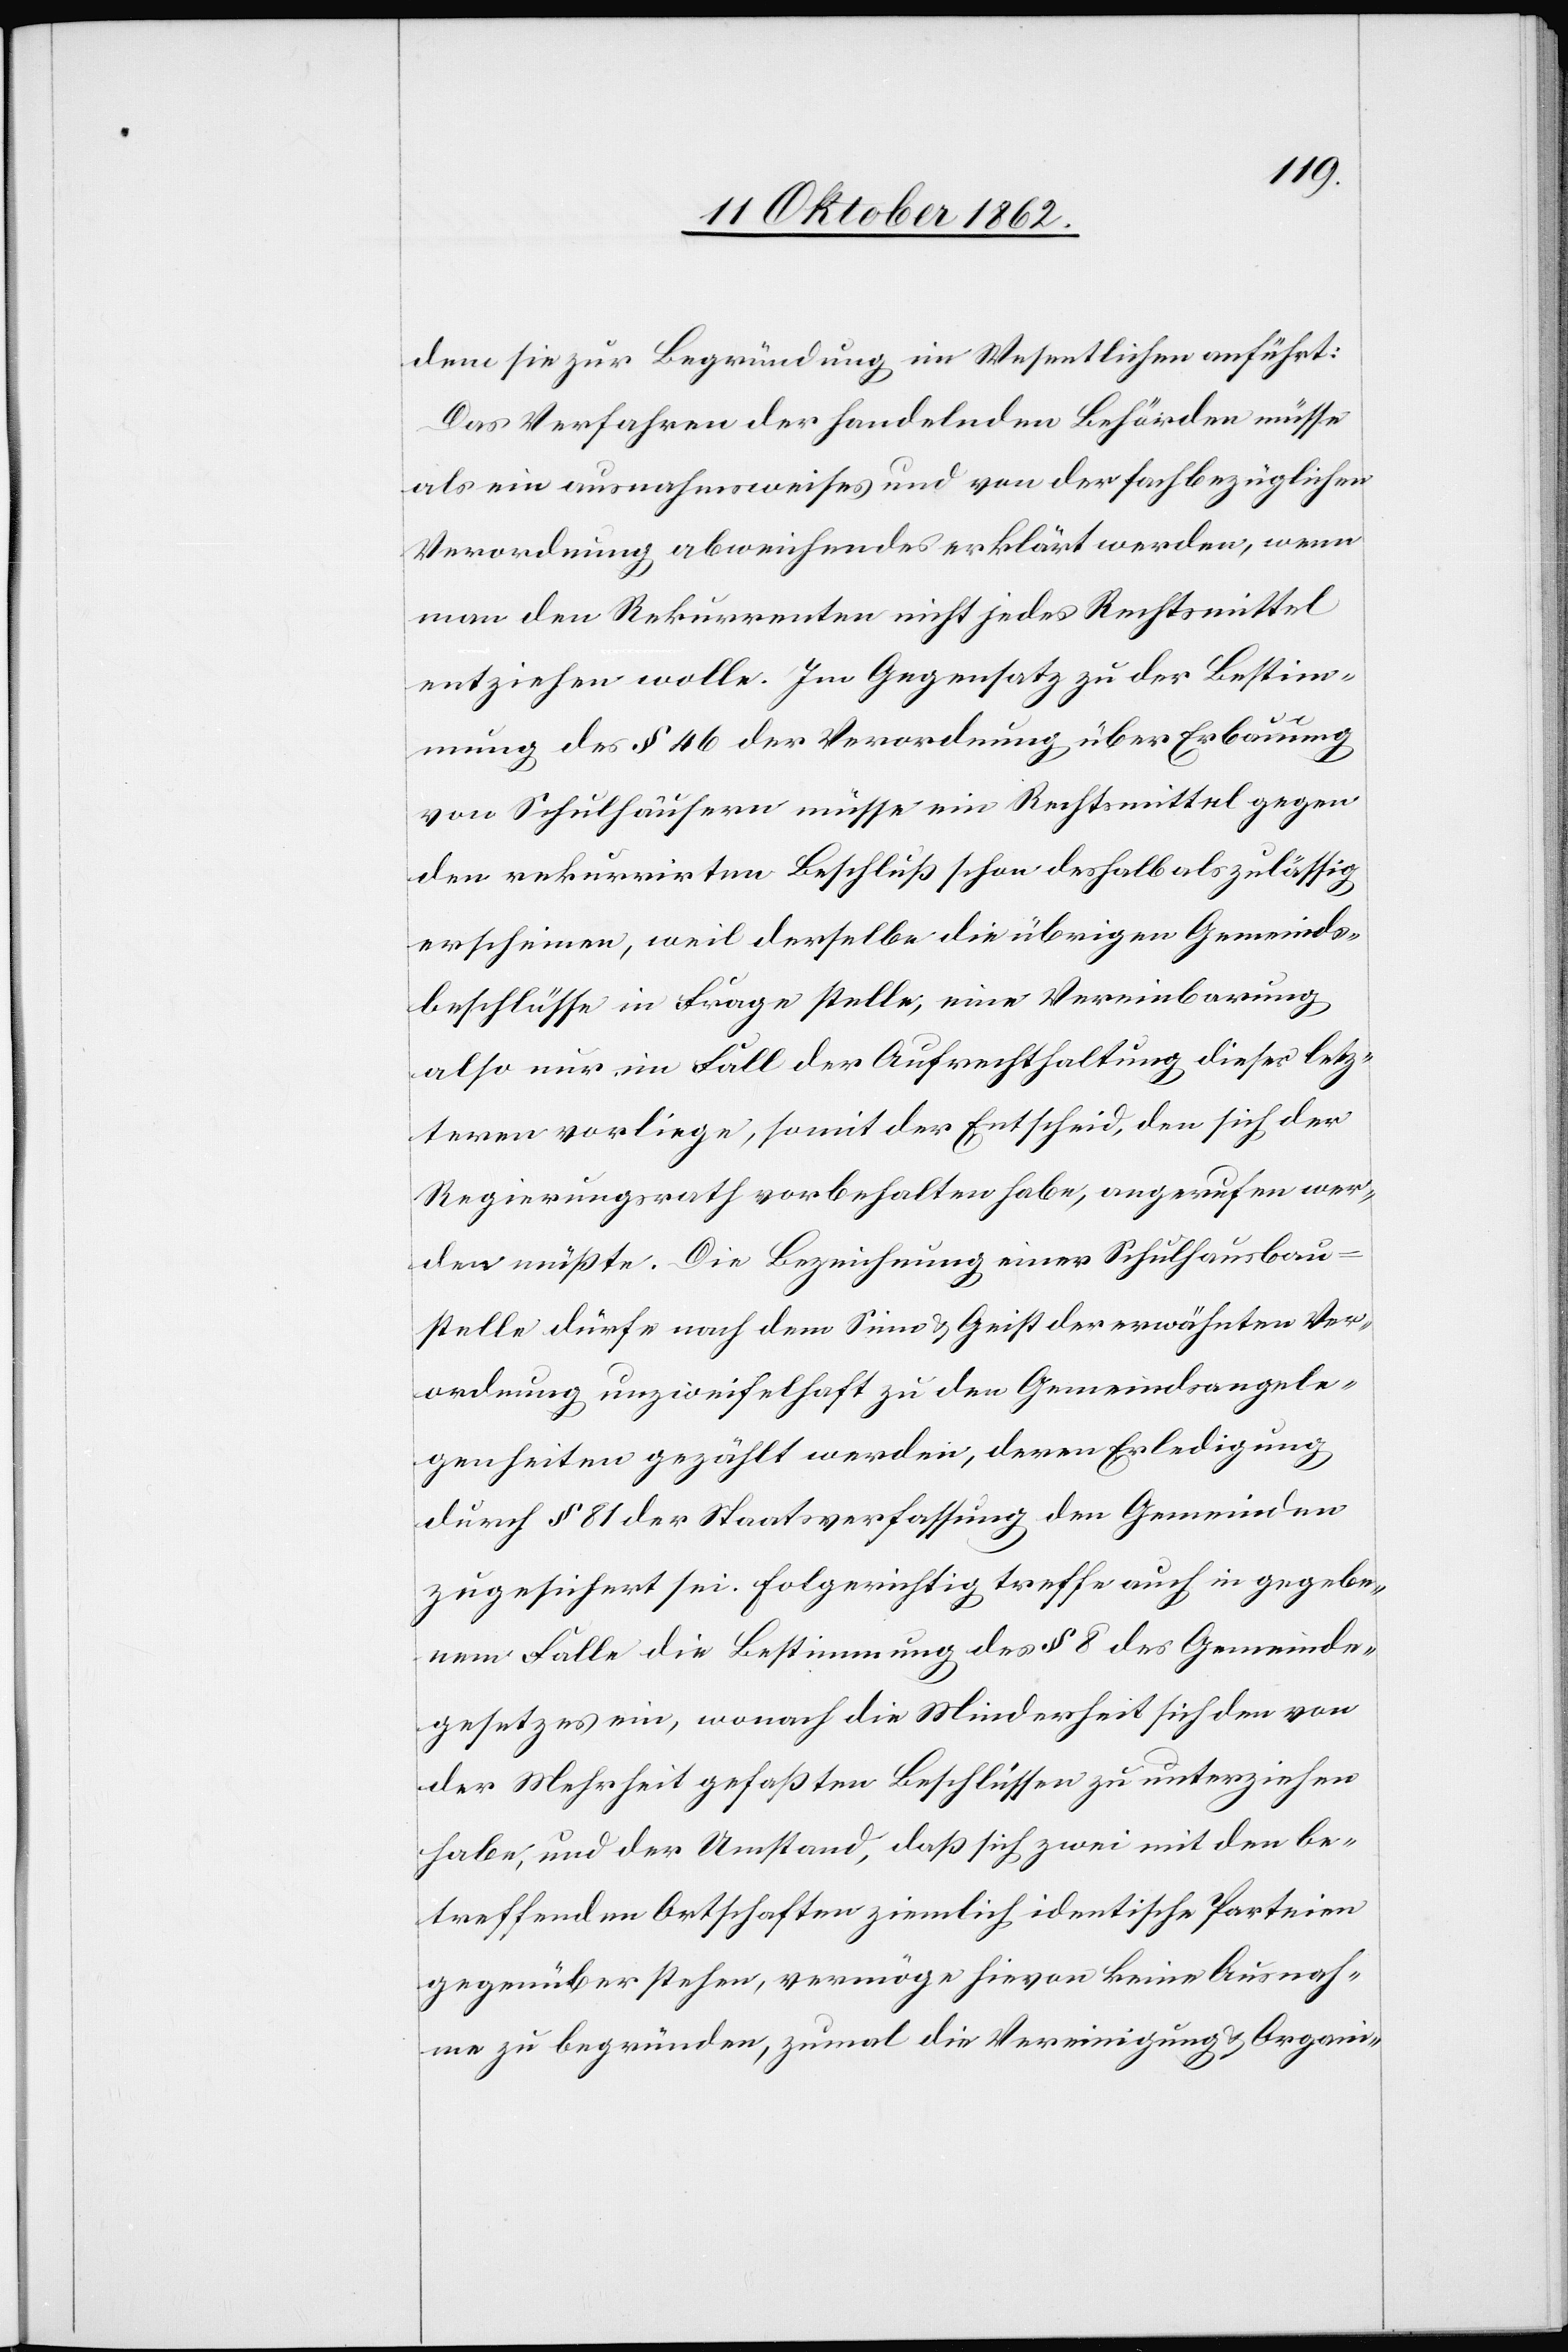
dem sie zur Begründung im Wesentlichen anführt:
Das Verfahren der handelnden Behörden müsse
als ein ausnahmsweises und von der fachbezüglichen
Verordnung abgewichenes erklärt werden, wenn
man den Rekurrenten nicht jedes Rechtsmittel
entziehen wolle. Im Gegensatz zu der Bestim¬
mung des § 46 der Verordnung über Erbauung
von Schulhäusern müsse ein Rechtsmittel gegen
den rekurrirten Beschluß schon deshalb als zulässig
erscheinen, weil derselbe die übrigen Gemeinds¬
beschlüsse in Frage stelle, eine Vereinbarung
also nur im Fall der Aufrechthaltung dieser letz¬
teren vorliege, somit der Entscheid, den sich der
Regierungsrath vorbehalten habe, angerufen wer¬
den müßte. Die Bezeichnung einer Schulhausbau¬
stelle dürfe nach dem Sinne u. Geist der erwähnten Ver¬
ordnung unzweifelhaft zu den Gemeindsangele¬
genheiten gezählt werden, deren Erledigung
durch § 81 der Staatsverfassung den Gemeinden
zugesichert sei. Folgerichtig treffe auch in gegebe¬
nem Falle die Bestimmung des § 8 des Gemeinde¬
gesetzes ein, wonach die Minderheit sich den von
der Mehrheit gefaßten Beschlüssen zu unterziehen
habe, und der Umstand, daß sich zwei mit den be¬
treffenden Ortschaften ziemlich identische Parteien
gegenüber stehen, vermöge hievon keine Ausnah¬
me zu begründen, zumal die Vereinigung u. Organi-